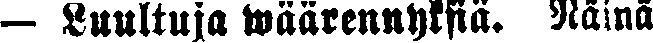
— Luultuja wäärennyksiä. Näinä